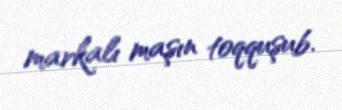
markalı maşın toqquşub.